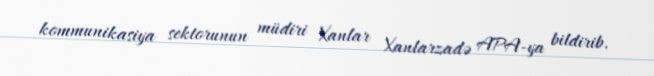
kommunikasiya sektorunun müdiri Xanlar Xanlarzadə APA-ya bildirib.